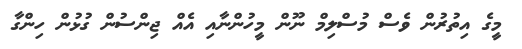
މީގެ އިތުރުން ވެސް މުސްލިމް ނޫން މީހުންނާއި އެއް ޖިންސުން ގުޅުން ހިންގާ